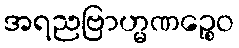
အရညဗြာဟ္မဏဉ္စေဝ